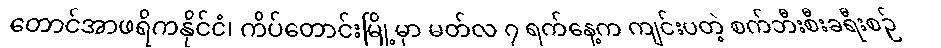
တောင်အာဖရိကနိုင်ငံ၊ ကိပ်တောင်းမြို့မှာ မတ်လ ၇ ရက်နေ့က ကျင်းပတဲ့ စက်ဘီးစီးခရီးစဉ်